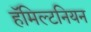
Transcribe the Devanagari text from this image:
हॅमिल्टनियन